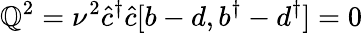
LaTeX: \mathbb{Q}^{2}={\nu}^{2}\hat{{c}}^{\dagger}\hat{{c}}[b-d,b^{\dagger}-d^{\dagger}]=0